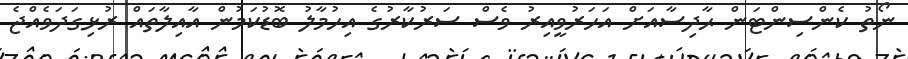
ނޯތު ކެންސިންޓަން ޙާދިސާއަށް އަހަރުވީއިރު ވެސް ސަރުކާރުގެ އިހުމާލު ބޮޑުކަމުން އާއިލާތައް ރުޅިގަދަވެއްޖެ